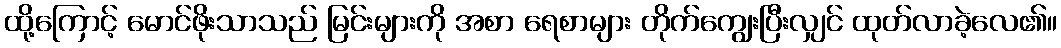
ထို့ကြောင့် မောင်ဖိုးသာသည် မြင်းများကို အစာ ရေစာများ တိုက်ကျွေးပြီးလျှင် ထုတ်လာခဲ့လေ၏။